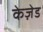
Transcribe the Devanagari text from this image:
केज़ेड